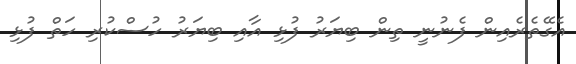
އެގޭތެރެއިން ފެނުނީ ތިން ބިޔަރު ފުޅި އާއި ބިޔަރު ހުސްކުރި ހަތް ފުޅި